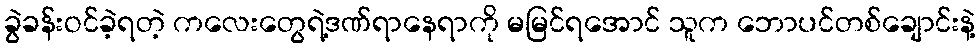
ခွဲခန်းဝင်ခဲ့ရတဲ့ ကလေးတွေရဲ့ဒဏ်ရာနေရာကို မမြင်ရအောင် သူက ဘောပင်တစ်ချောင်းနဲ့